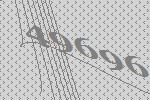
49696